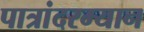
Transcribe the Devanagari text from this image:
पात्रांदरम्यान